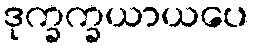
ဒုက္ခက္ခယာယပေ